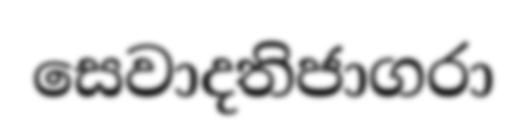
සෙවාදතිජාගරා